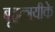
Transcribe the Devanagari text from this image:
बृहत्त्रयीके